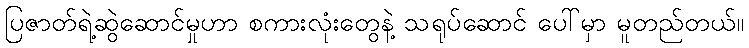
ပြဇာတ်ရဲ့ဆွဲဆောင်မှုဟာ စကားလုံးတွေနဲ့ သရုပ်ဆောင် ပေါ်မှာ မူတည်တယ်။